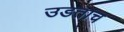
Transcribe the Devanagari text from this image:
उडताच